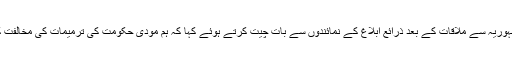
سونیا گاندھی نے وفد کی صدر جمہوریہ سے ملاقات کے بعد ذرائع ابلاغ کے نمائندوں سے بات چیت کرتے ہوئے کہا کہ ہم مودی حکومت کی ترمیمات کی مخالفت کیلئے متحدہ طور پر یہاں آئے ہیں۔